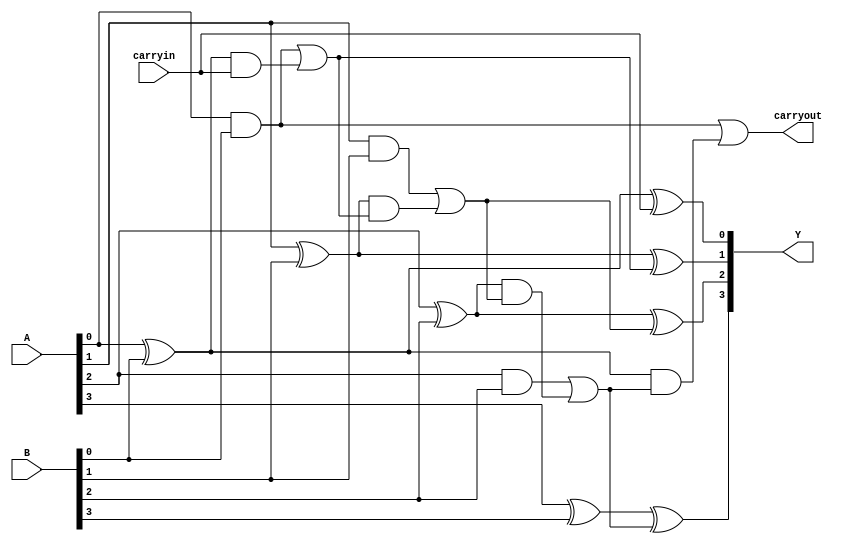
module jcarrylookaheadadder(Y,carryout,A,B,carryin);
  output [3:0]Y;
  output carryout;
  input [3:0]A,B;
  input carryin;
  wire [3:0]g,p;
  wire [4:0]c;
  assign c[0] = carryin; 
  assign Y[0] = A[0] ^ B[0] ^ c[0];
  assign c[1] = ( ( A[0] & B[0] ) | ( ( A[0] ^ B[0] ) & c[0] ) );
  assign Y[1] = A[1] ^ B[1] ^ c[1];
  assign c[2] = ( ( A[1] & B[1] ) | ( ( A[1] ^ B[1] ) & ( ( A[0] & B[0] ) | ( ( A[0] ^ B[0] ) & c[0] ) ) ) ); 
  assign Y[2] = A[2] ^ B[2] ^ c[2];
  assign c[3] = ( ( A[2] & B[2] ) | ( ( A[2] ^ B[2] ) & ( ( A[1] & B[1] ) | ( ( A[1] ^ B[1] ) & ( ( A[0] & B[0] ) | ( ( A[0] ^ B[0] ) & c[0] ) ) ) ) ) );
  assign Y[3] = A[3] ^ B[3] ^ c[3];
  assign c[4] = ( ( A[0] & B[0] ) | ( ( A[0] ^ B[0] ) & ( ( A[2] & B[2] ) | ( ( A[2] ^ B[2] ) & ( ( A[1] & B[1] ) | ( ( A[1] ^ B[1] ) & ( ( A[0] & B[0] ) | ( ( A[0] ^ B[0] ) & c[0] ) ) ) ) ) ) ) );  
  assign carryout = c[4];
endmodule